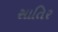
સાતિર